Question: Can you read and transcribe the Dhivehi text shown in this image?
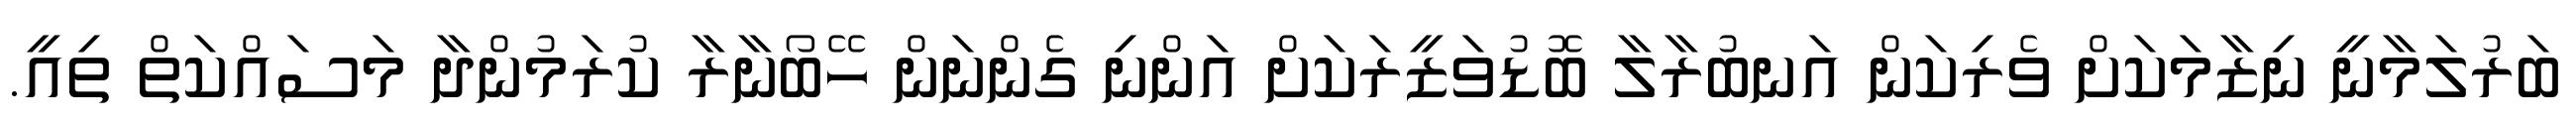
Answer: ބަރުލަމާނީ ނިޒާމަކަށް ވެރިކަން އަނބުރާލާ ބޮޑުވަޒީރަކަށް އަންނި ގެންނަން ހޭބޯނާރާ ކުރަމުންދާ މަސައްކަތް ތިއީ.